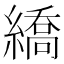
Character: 繑